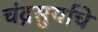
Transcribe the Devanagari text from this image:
चंद्रसुर्याचे